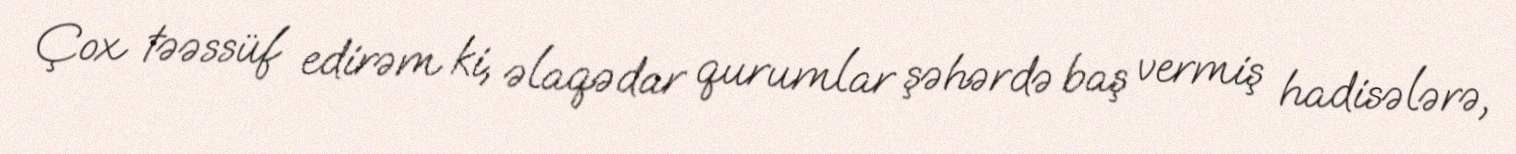
Çox təəssüf edirəm ki, əlaqədar qurumlar şəhərdə baş vermiş hadisələrə,